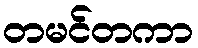
တမင်တကာ